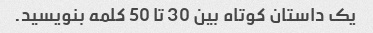
یک داستان کوتاه بین 30 تا 50 کلمه بنویسید.